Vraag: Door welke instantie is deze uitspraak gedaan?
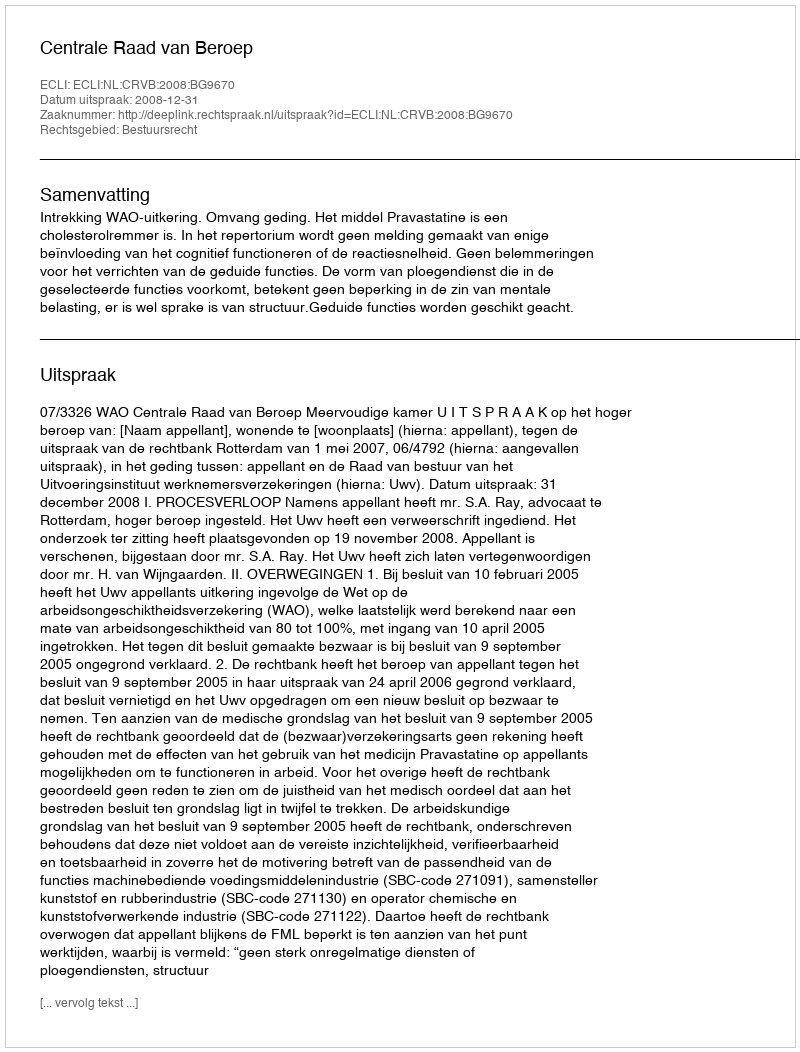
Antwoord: Centrale Raad van Beroep